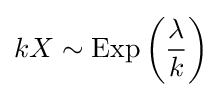
kX\sim \operatorname {Exp} \left({\frac {\lambda }{k}}\right)